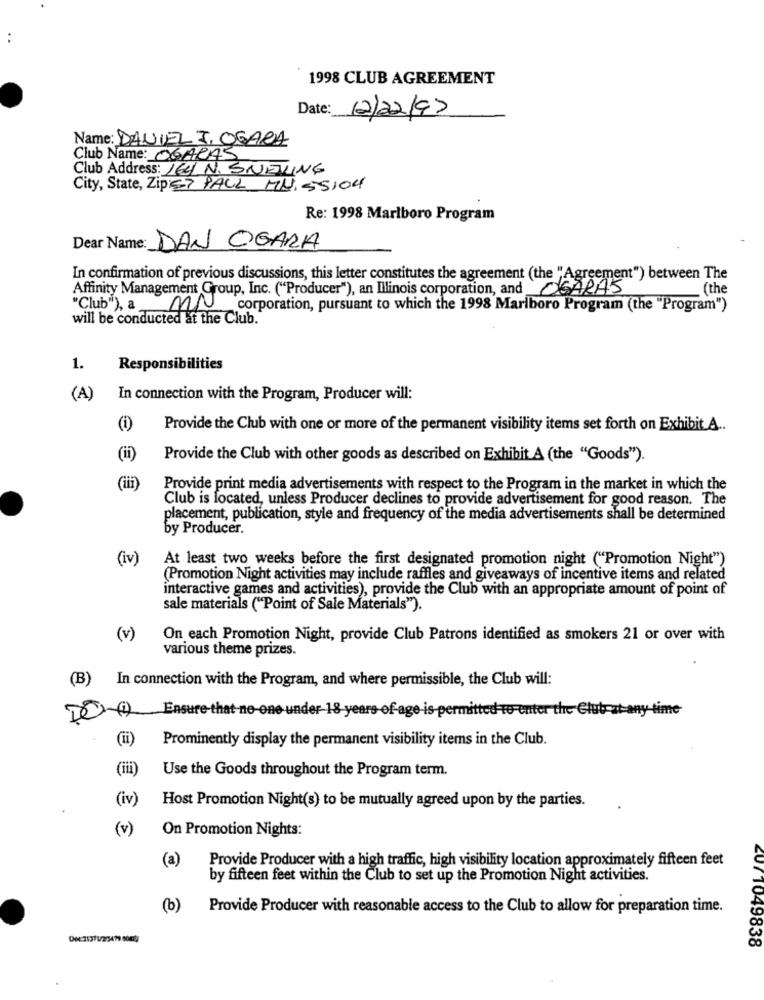
1998 CLUB AGREEMENT
Date:
12/22/97
Name: DANIEL I, OGARA
Club Name: OGARAS
Club Address: 164 N. SNETING
City, State, Zip: PAUL MU, 55104
Re: 1998 Marlboro Program
Dear Name: DAN OGARA
In confirmation of previous discussions, this letter constitutes the agreement (the "Agreement") between The
Affinity Management Group, Inc. ("Producer"), an Illinois corporation, and OGARAS
(the
"Club"), a MN
corporation, pursuant to which the 1998 Marlboro Program (the "Program")
will be conducted at the Club.
1.
Responsibilities
(A)
In connection with the Program, Producer will:
(i)
Provide the Club with one or more of the permanent visibility items set forth on Exhibit A ..
(ii)
Provide the Club with other goods as described on Exhibit A (the "Goods").
(iii)
Provide print media advertisements with respect to the Program in the market in which the
Club is located, unless Producer declines to provide advertisement for good reason. The
placement, publication, style and frequency of the media advertisements shall be determined
by Producer.
(iv)
At least two weeks before the first designated promotion night ("Promotion Night")
(Promotion Night activities may include raffles and giveaways of incentive items and related
interactive games and activities), provide the Club with an appropriate amount of point of
sale materials ("Point of Sale Materials").
(v)
On each Promotion Night, provide Club Patrons identified as smokers 21 or over with
various theme prizes.
(B)
In connection with the Program, and where permissible, the Club will:
Ensure-that-no-one under 18 years of-age-is permitted to enter the
(ii)
Prominently display the permanent visibility items in the Club.
(iii)
Use the Goods throughout the Program term.
(iv)
Host Promotion Night(s) to be mutually agreed upon by the parties.
(v)
On Promotion Nights:
(a)
Provide Producer with a high traffic, high visibility location approximately fifteen feet
by fifteen feet within the Club to set up the Promotion Night activities.
(b)
Provide Producer with reasonable access to the Club to allow for preparation time.
DN:31371/2/3479.0002
ZU/ 1049838